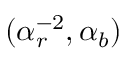
( \alpha _ { r } ^ { - 2 } , \alpha _ { b } )